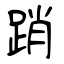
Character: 踃